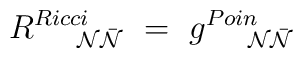
R^{Ricci}_{~~~~{{\cal N}}{\bar { {\cal N}}}}~=~g^{Poin}_{~~~~{ {\cal N}}{ {\bar {\cal N}}}}